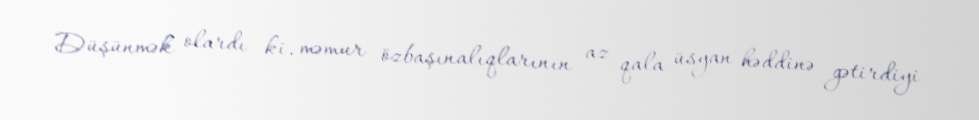
Düşünmək olardı ki, məmur özbaşınalıqlarının az qala üsyan həddinə gətirdiyi